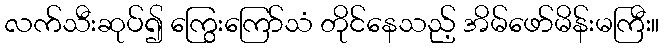
လက်သီးဆုပ်၍ ကြွေးကြော်သံ တိုင်နေသည့် အိမ်ဖော်မိန်းမကြီး။